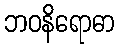
ဘဝနိရောဓာ